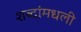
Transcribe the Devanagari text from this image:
शब्दांमधली